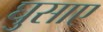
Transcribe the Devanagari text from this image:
घुसाए